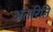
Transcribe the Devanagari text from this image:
अंतरिति